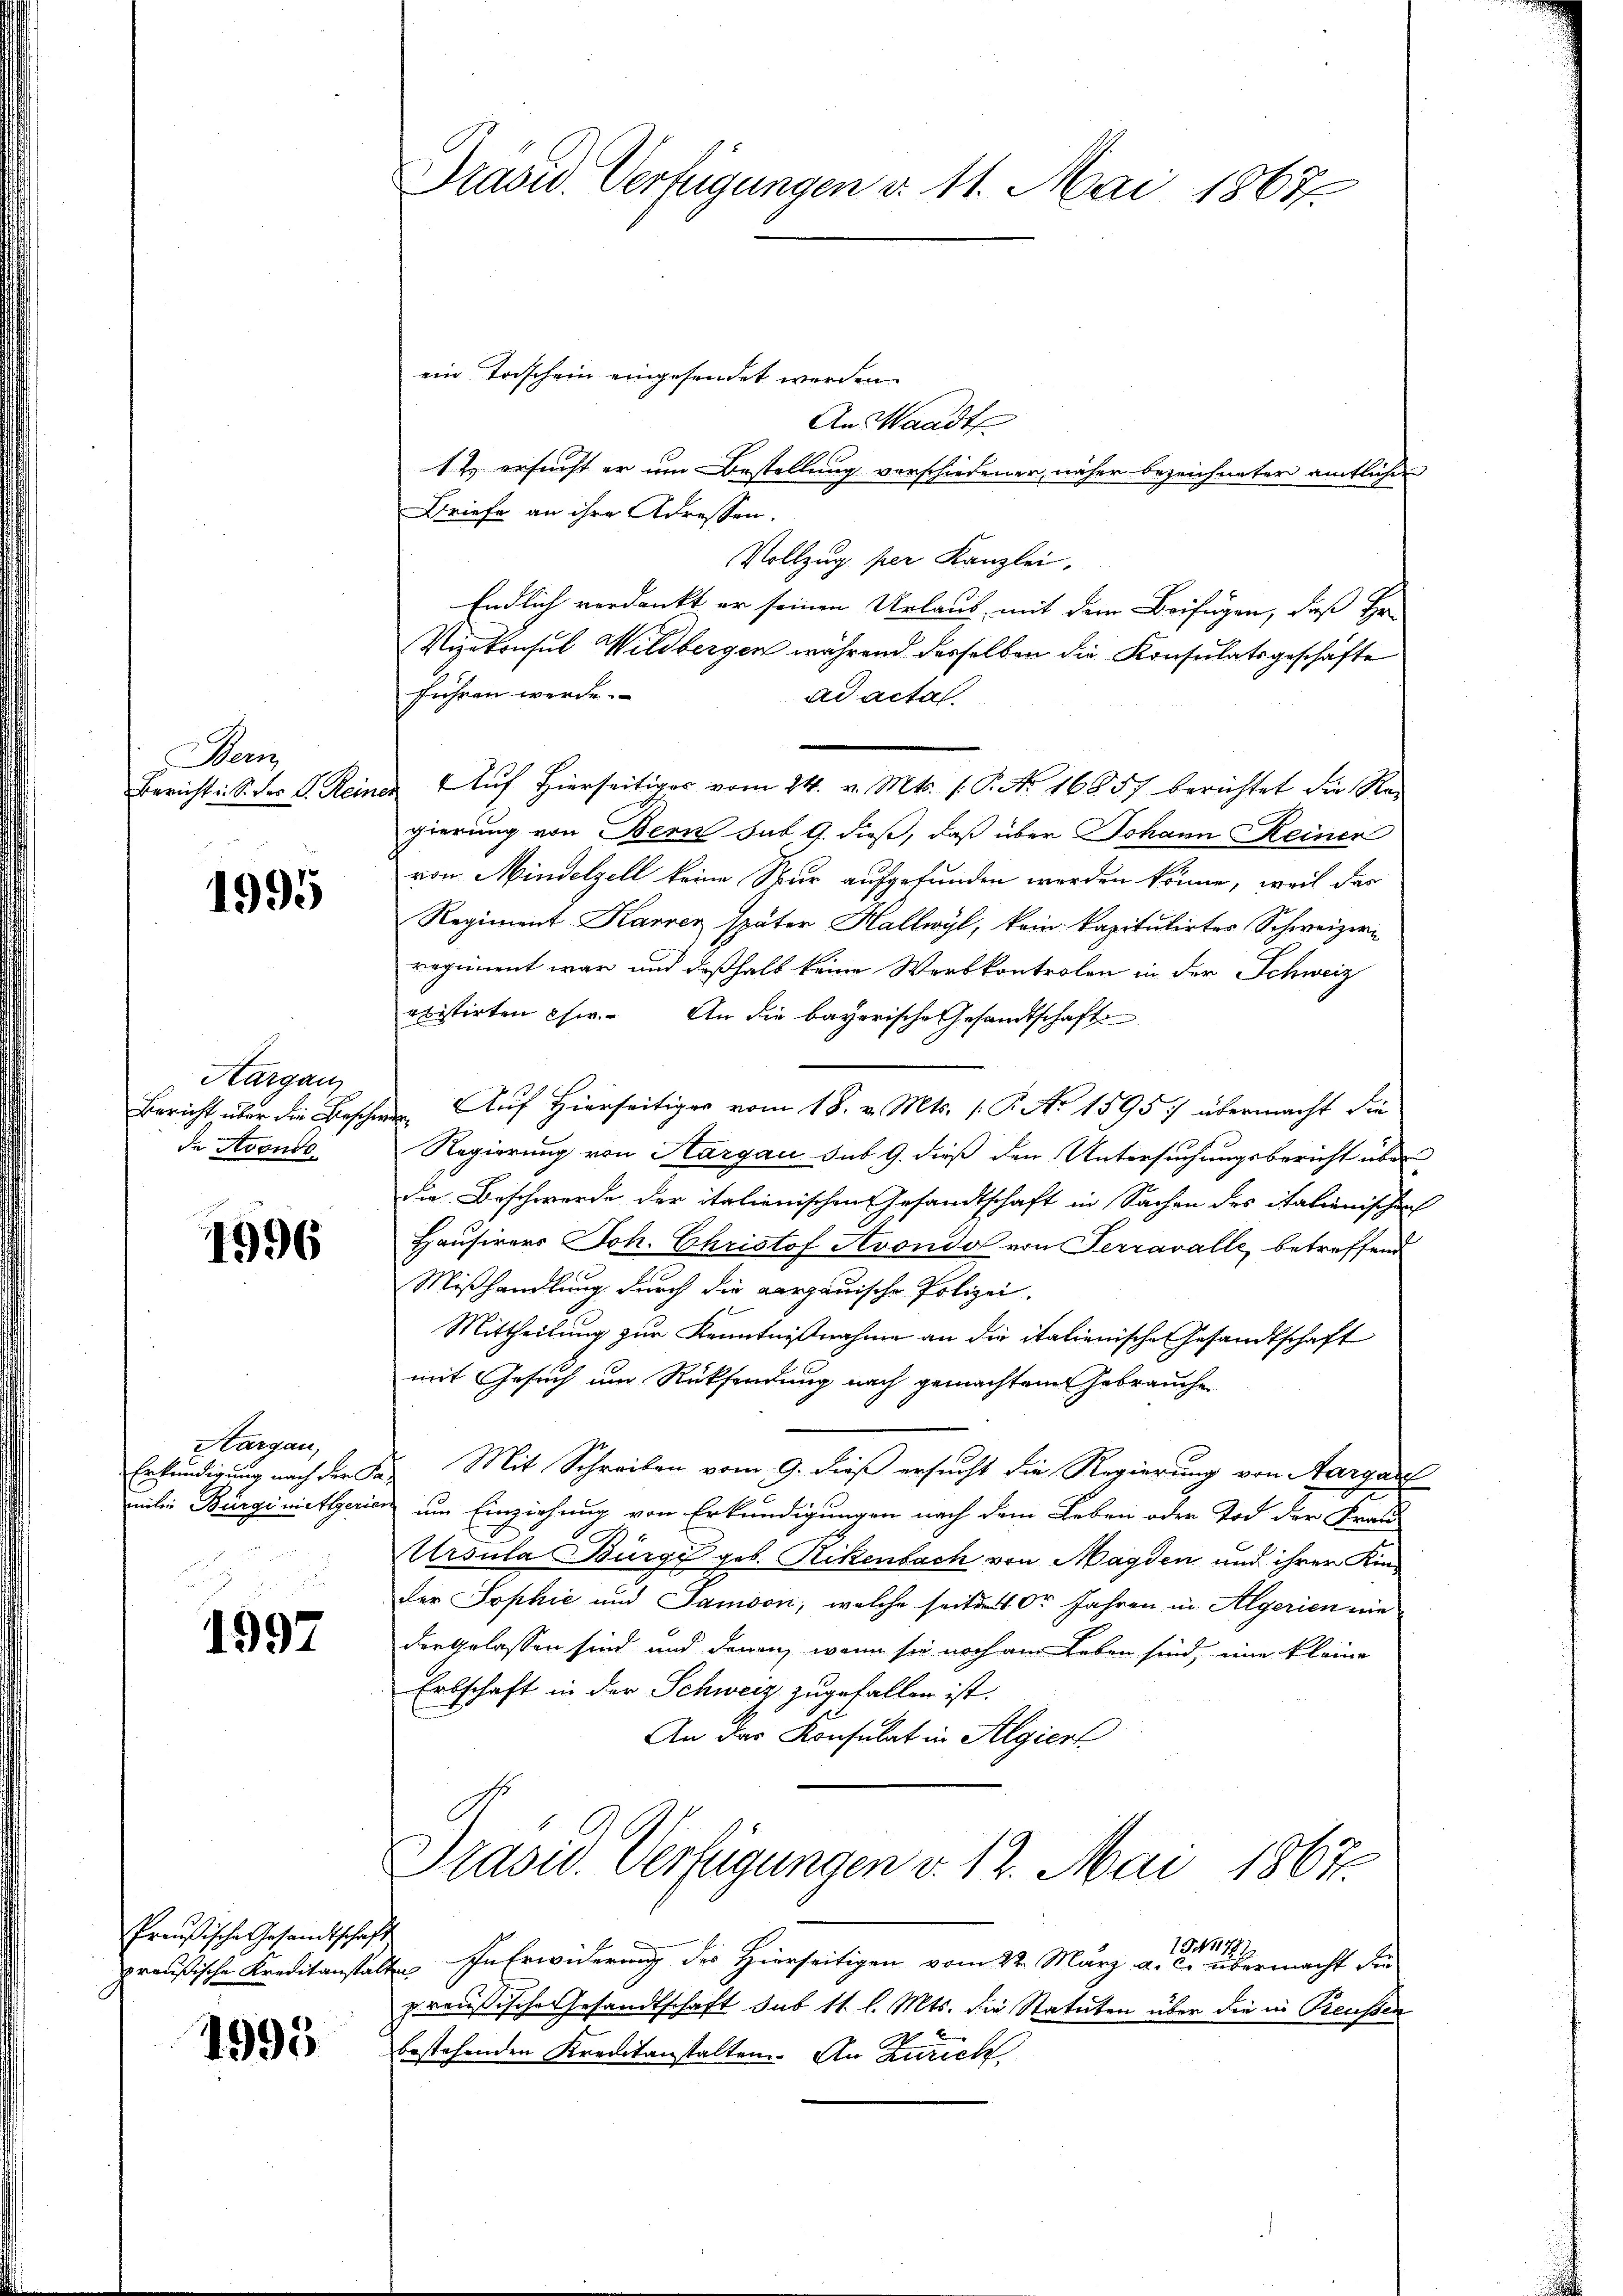
Wern

1995

Aargau
de Avonds

1996

Hargau,
Erkundigung nach der Sa

1997

Preußische Gesandtschaft

1995

Drasu. Verfügungen d. 11. Mai 1867.

ein Torschein eingesendet werden.
An Waadt
1t. ersucht er um Bestellung verschiedener näher bezeichneter amtlichen
Briefe an ihre Adressen.
Vollzug per Kanzlei.
Endlich verdankt er seinen Urlaub mit dem Beifügen, daß Hr.
Vizekonsul Wildbergen während desselben die Konsulatsgeschäfte
führen werde.
ad acta.
Bericht S. der S. Reines Aŭf hierseitiges vom 24. v. Mts. (: P. Nr. 16857 berichtet die Re
gierung von Bern sub 9. dieß, daß über Johann Reiner
von Mindelzell keine Spur aufgefunden werden könne, weil der
Regiment Karren später Hallwyl, kein kapitulirtes Schweizern
regiment war und deßhalb keine Werbkontrolen in der Schweiz
ebistirten Cher. An die bayerische Gesandtschaft
Bericht über die Beschwere Auf Hierseitiger vom 18. v. Mts. 1. P. Nr. 1595 :/ übermacht die
Regierung von Aargau sub 9. dieß den Untersuchungsbericht aber
die Beschwerde der italienischen Gesandtschaft in Sachen des italienischen
Hausirers Joh. Christof Avondo von Terravalle, betreffend
Mißhandlung durch die aargauische Polizei.
Mittheilung zur Kenntnißnahme an die italienische Gesandtschaft
mit Gesuch um Rücksendung nach gemachten Gebrauche
. Mit Schreiben vom 9. dieß ersucht die Regierung von Aargare
unter Burgemittlerien um Einziehung von Erkundigungen nach dem Leben oder Tod der Frau
Ursula Bürge geb. Rikenbach von Magden und ihrer Kinder Sophie und Jamoon, welche seitdes Or Jahren, in Algerien nie
der gelassen sind und denen, wenn sie noch am Leben sind, eine kleine
Erbschaft in der Schweiz zugefallen ist.
An der Konsulat in Algiert
Präsid. Verfügungen v. 12. Mai 1867.
1378)
preußische Kreditanstalten In Erwiderung des Hierseitigen vom 22. März a. c. übermacht die
preussische Gesandtschaft sub 11. l. Mts. die Statuten über die in Reusser
bestehenden Kreditanstalten. An Zürich